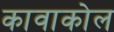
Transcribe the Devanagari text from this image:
कावाकोल